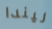
ليندا